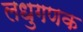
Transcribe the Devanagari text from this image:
लधुगणक